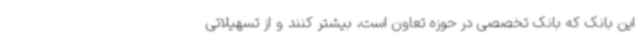
این بانک که بانک تخصصی در حوزه تعاون است، بیشتر کنند و از تسهیلاتی